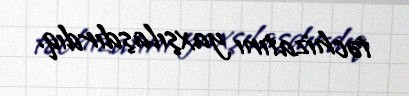
təchizatını yaxşılaşdırdıq.